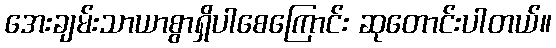
အေးချမ်းသာယာစွာရှိပါစေကြောင်း ဆုတောင်းပါတယ်။